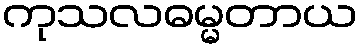
ကုသလဓမ္မတာယ